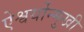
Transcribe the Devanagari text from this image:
ऐश्वर्योन्मुखी